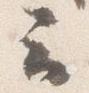
云